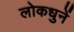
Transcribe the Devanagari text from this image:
लोकधुनें